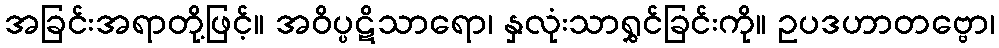
အခြင်းအရာတို့ဖြင့်။ အဝိပ္ပဋိသာရော၊ နှလုံးသာရွှင်ခြင်းကို။ ဥပဒဟာတဗ္ဗော၊